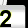
Digit: 2